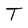
Character: T